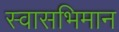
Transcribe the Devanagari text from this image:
स्वासभिमान